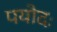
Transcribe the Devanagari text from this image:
पयोदः